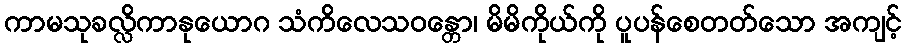
ကာမသုခလ္လိကာနုယောဂ သံကိလေသဝန္တော၊ မိမိကိုယ်ကို ပူပန်စေတတ်သော အကျင့်